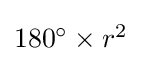
{\textstyle 180^{\circ }\times r^{2}}